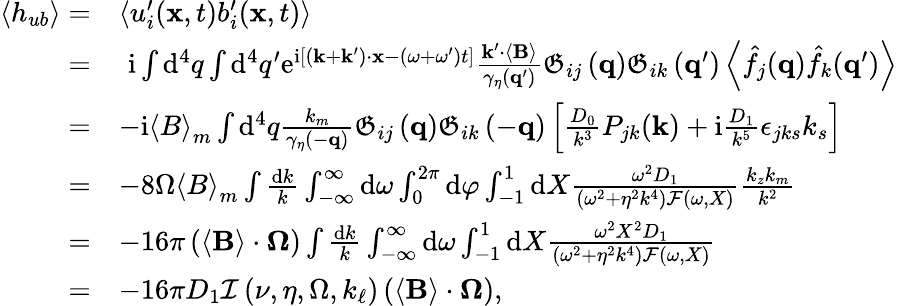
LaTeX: \begin{array}{rl}{\left\langle h_{ub}\right\rangle=}&{\left\langle u_{i}^{\prime}(\mathbf{x},t)b_{i}^{\prime}(\mathbf{x},t)\right\rangle}\\ {=}&{\, \, \mathrm{i}\int\mathrm{d}^{4}q\int\mathrm{d}^{4}q^{\prime}\mathrm{e}^{\mathrm{i}\left[\left(\mathbf{k}+\mathbf{k}^{\prime}\right)\cdot\mathbf{x}-\left(\omega+\omega^{\prime}\right)t\right]}\frac{\mathbf{k}^{\prime}\cdot\left\langle\mathbf{B}\right\rangle}{\gamma_{\eta}\left(\mathbf{q}^{\prime}\right)}\mathfrak{G}_{ij}\left(\mathbf{q}\right)\mathfrak{G}_{ik}\left(\mathbf{q}^{\prime}\right)\left\langle\hat{f}_{j}(\mathbf{q})\hat{f}_{k}(\mathbf{q}^{\prime})\right\rangle}\\ {=}&{-\mathrm{i}\left\langle B\right\rangle_{m}\int\mathrm{d}^{4}q\frac{k_{m}}{\gamma_{\eta}\left(-\mathbf{q}\right)}\mathfrak{G}_{ij}\left(\mathbf{q}\right)\mathfrak{G}_{ik}\left(-\mathbf{q}\right)\left[\frac{D_{0}}{k^{3}}P_{jk}(\mathbf{k})+\mathrm{i}\frac{D_{1}}{k^{5}}\epsilon_{jks}k_{s}\right]}\\ {=}&{-8\Omega\left\langle B\right\rangle_{m}\int\frac{\mathrm{d}k}{k}\int_{-\infty}^{\infty}\mathrm{d}\omega\int_{0}^{2\pi}\mathrm{d}\varphi\int_{-1}^{1}\mathrm{d}X\frac{\omega^{2}D_{1}}{\left(\omega^{2}+\eta^{2}k^{4}\right)\mathcal{F}(\omega,X)}\frac{k_{z}k_{m}}{k^{2}}}\\ {=}&{-16\pi\left(\left\langle\mathbf{B}\right\rangle\cdot\boldsymbol{\Omega}\right)\int\frac{\mathrm{d}k}{k}\int_{-\infty}^{\infty}\mathrm{d}\omega\int_{-1}^{1}\mathrm{d}X\frac{\omega^{2}X^{2}D_{1}}{\left(\omega^{2}+\eta^{2}k^{4}\right)\mathcal{F}(\omega,X)}}\\ {=}&{-16\pi D_{1}\mathcal{I}\left(\nu,\eta,\Omega,k_{\ell}\right)\left(\left\langle\mathbf{B}\right\rangle\cdot\boldsymbol{\Omega}\right),}\end{array}